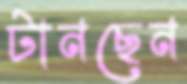
টানছেন